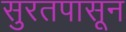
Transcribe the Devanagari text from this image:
सुरतपासून